Elephants and their diseases
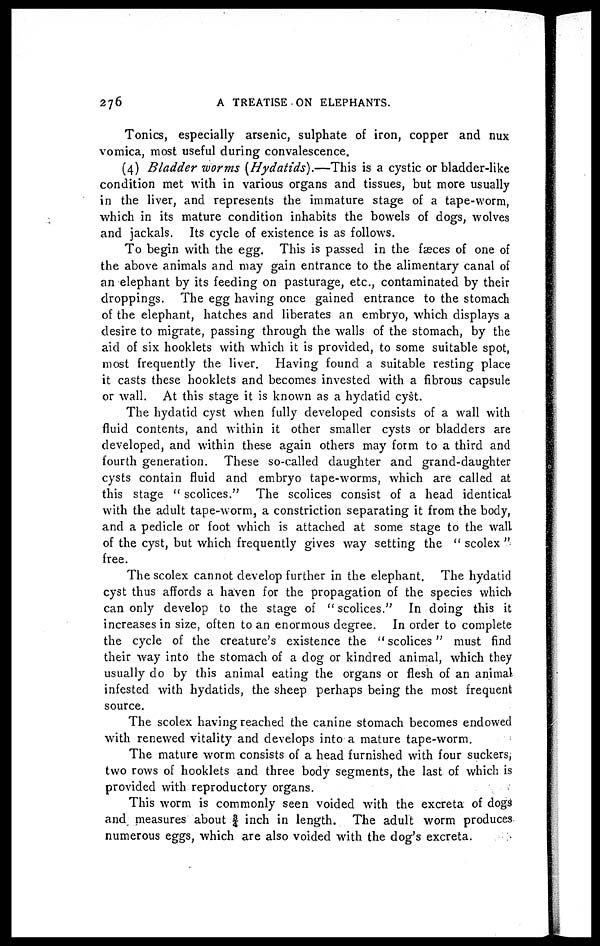
276
A TREATISE ON ELEPHANTS.
Tonics, especially arsenic, sulphate of iron, copper and nux
vomica, most useful during convalescence.
(4) Bladder worms (Hydatids).—This is a cystic or bladder-like
condition met with in various organs and tissues, but more usually
in the liver, and represents the immature stage of a tape-worm,
which in its mature condition inhabits the bowels of dogs, wolves
and jackals. Its cycle of existence is as follows.
To begin with the egg. This is passed in the faeces of one of
the above animals and may gain entrance to the alimentary canal of
an elephant by its feeding on pasturage, etc., contaminated by their
droppings. The egg having once gained entrance to the stomach
of the elephant, hatches and liberates an embryo, which displays a
desire to migrate, passing through the walls of the stomach, by the
aid of six hooklets with which it is provided, to some suitable spot,
most frequently the liver. Having found a suitable resting place
it casts these hooklets and becomes invested with a fibrous capsule
or wall. At this stage it is known as a hydatid cyst.
The hydatid cyst when fully developed consists of a wall with
fluid contents, and within it other smaller cysts or bladders are
developed, and within these again others may form to a third and
fourth generation. These so-called daughter and grand-daughter
cysts contain fluid and embryo tape-worms, which are called at
this stage " scolices." The scolices consist of a head identical
with the adult tape-worm, a constriction separating it from the body,
and a pedicle or foot which is attached at some stage to the wall
of the cyst, but which frequently gives way setting the " scolex "
free.
The scolex cannot develop further in the elephant. The hydatid
cyst thus affords a haven for the propagation of the species which
can only develop to the stage of "scolices." In doing this it
increases in size, often to an enormous degree. In order to complete
the cycle of the creature's existence the " scolices" must find
their way into the stomach of a dog or kindred animal, which they
usually do by this animal eating the organs or flesh of an animal
infested with hydatids, the sheep perhaps being the most frequent
source.
The scolex having reached the canine stomach becomes endowed
with renewed vitality and develops into a mature tape-worm.
The mature worm consists of a head furnished with four suckers;
two rows of hooklets and three body segments, the last of which is
provided with reproductory organs.
This worm is commonly seen voided with the excreta of dogs
and measures about ¾ inch in length. The adult worm produces
numerous eggs, which are also voided with the dog's excreta.